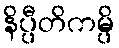
နိပ္ပီတိကမ္ပိ